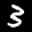
Label: 3